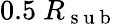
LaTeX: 0.5\ R_{\mathrm{~s~u~b~}}